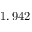
1 , 9 4 2